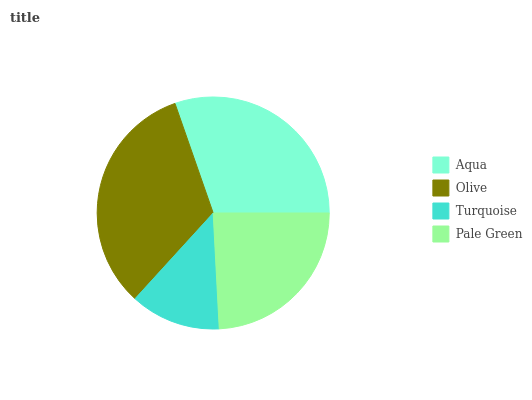
| Aqua | Olive | Turquoise | Pale Green |
 | --- | --- | --- | --- |
 | 30.4% | 32.9% | 12.6% | 24.2% |